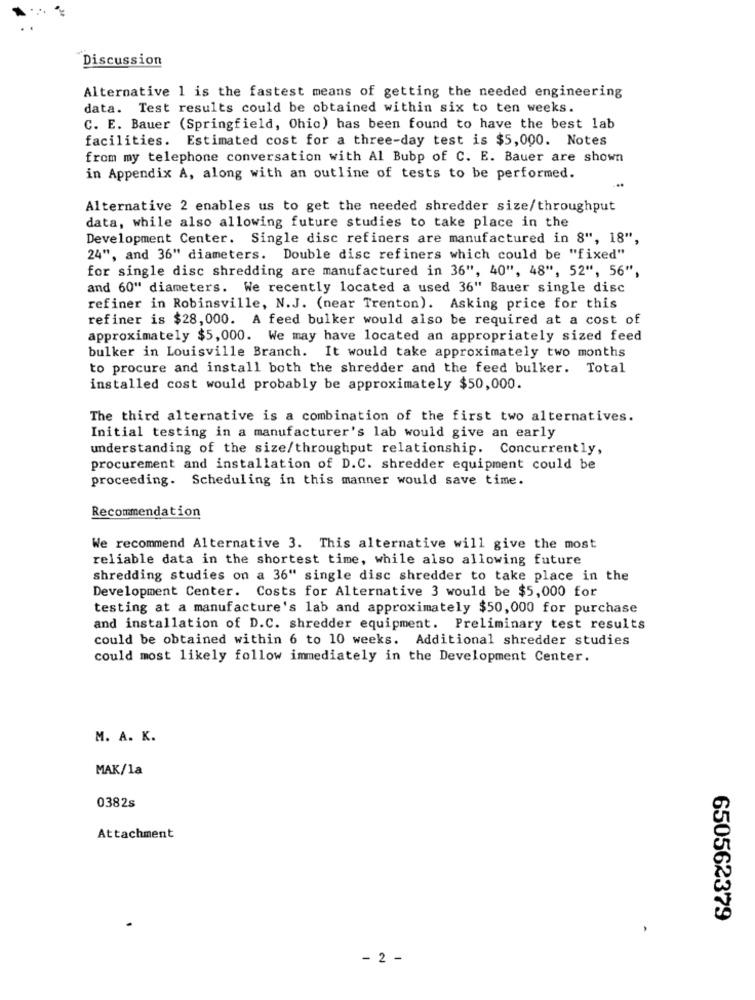
Discussion
Alternative 1 is the fastest means of getting the needed engineering
data. Test results could be obtained within six to ten weeks.
C. E. Bauer (Springfield, Ohio) has been found to have the best lab
facilities. Estimated cost for a three-day test is $5,000. Notes
from my telephone conversation with Al Bubp of C. E. Bauer are shown
in Appendix A, along with an outline of tests to be performed.
Alternative 2 enables us to get the needed shredder size/throughput
data, while also allowing future studies to take place in the
Development Center. Single disc refiners are manufactured in 8", 18",
24", and 36" diameters. Double disc refiners which could be "fixed"
for single disc shredding are manufactured in 36", 40", 48", 52", 56",
and 60" diameters. We recently located a used 36" Bauer single disc
refiner in Robinsville, N.J. (near Trenton). Asking price for this
refiner is $28,000. A feed bulker would also be required at a cost of
approximately $5,000. We may have located an appropriately sized feed
bulker in Louisville Branch. It would take approximately two months
to procure and install both the shredder and the feed bulker. Total
installed cost would probably be approximately $50,000.
The third alternative is a combination of the first two alternatives.
Initial testing in a manufacturer's lab would give an early
understanding of the size/throughput relationship. Concurrently,
procurement and installation of D.C. shredder equipment could be
proceeding. Scheduling in this manner would save time.
Recommendation
We recommend Alternative 3. This alternative will give the most
reliable data in the shortest time, while also allowing future
shredding studies on a 36" single disc shredder to take place in the
Development Center. Costs for Alternative 3 would be $5,000 for
testing at a manufacture's lab and approximately $50,000 for purchase
and installation of D.C. shredder equipment. Preliminary test results
could be obtained within 6 to 10 weeks. Additional shredder studies
could most likely follow immediately in the Development Center.
M. A. K.
MAK/1a
0382s
Attachment
650562379
- 2 -